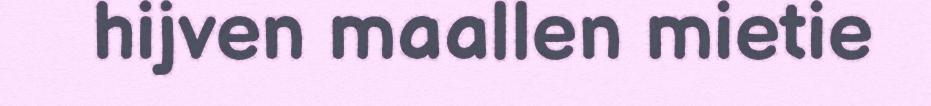
hijven maallen mietie